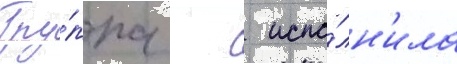
Гру́ппа   испо́лн'ила